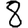
Digit: 8